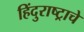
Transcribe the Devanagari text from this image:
हिंदुराष्ट्राचे